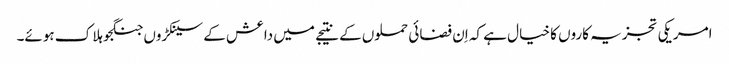
امریکی تجزیہ کاروں کا خیال ہے کہ اِن فضائی حملوں کے نتیجے میں داعش کے سینکڑوں جنگجو ہلاک ہوئے۔